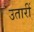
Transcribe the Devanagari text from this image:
उतारीं